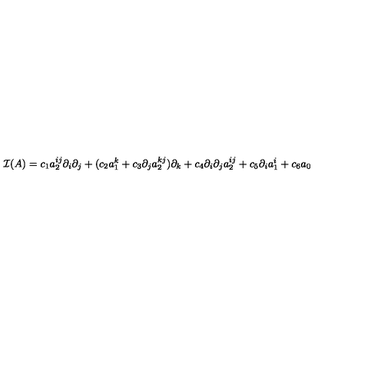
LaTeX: { \cal I } ( A ) = c _ { 1 } a _ { 2 } ^ { i j } \partial _ { i } \partial _ { j } + ( c _ { 2 } a _ { 1 } ^ { k } + c _ { 3 } \partial _ { j } a _ { 2 } ^ { k j } ) \partial _ { k } + c _ { 4 } \partial _ { i } \partial _ { j } a _ { 2 } ^ { i j } + c _ { 5 } \partial _ { i } a _ { 1 } ^ { i } + c _ { 6 } a _ { 0 }